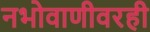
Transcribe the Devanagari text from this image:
नभोवाणीवरही